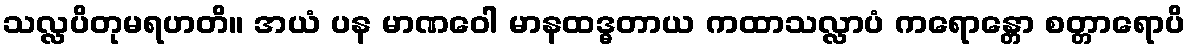
သလ္လပိတုမရဟတိ။ အယံ ပန မာဏဝေါ မာနထဒ္ဓတာယ ကထာသလ္လာပံ ကရောန္တော စတ္တာရောပိ